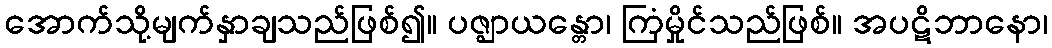
အောက်သို့မျက်နှာချသည်ဖြစ်၍။ ပဇ္ဈာယန္တော၊ ကြံမှိုင်သည်ဖြစ်။ အပဋိဘာနော၊